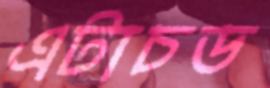
এটাচড